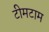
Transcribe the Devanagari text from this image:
टीमटाम